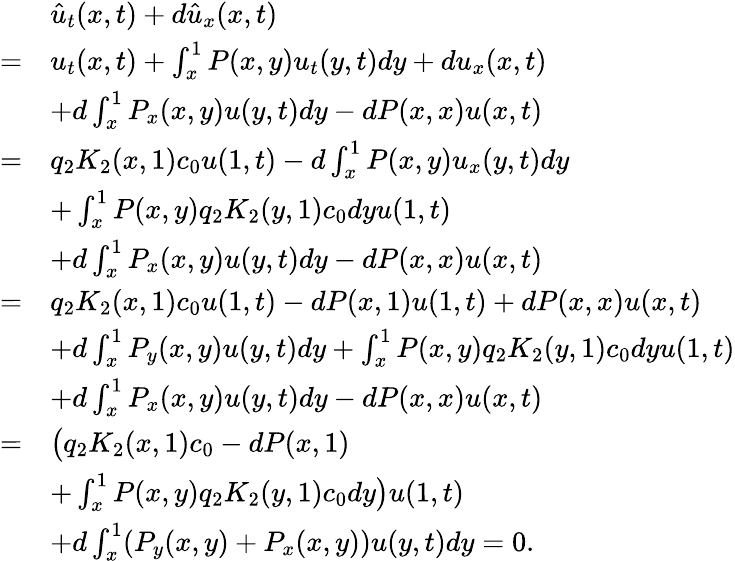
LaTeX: \begin{array}{rl}&{\hat{u}_{t}(x,t)+d\hat{u}_{x}(x,t)}\\ {=}&{u_{t}(x,t)+\int_{x}^{1}P(x,y)u_{t}(y,t)dy+du_{x}(x,t)}\\ &{+d\int_{x}^{1}P_{x}(x,y)u(y,t)dy-dP(x,x)u(x,t)}\\ {=}&{q_{2}K_{2}(x,1)c_{0}u(1,t)-d\int_{x}^{1}P(x,y)u_{x}(y,t)dy}\\ &{+\int_{x}^{1}P(x,y)q_{2}K_{2}(y,1)c_{0}dyu(1,t)}\\ &{+d\int_{x}^{1}P_{x}(x,y)u(y,t)dy-dP(x,x)u(x,t)}\\ {=}&{q_{2}K_{2}(x,1)c_{0}u(1,t)-dP(x,1)u(1,t)+dP(x,x)u(x,t)}\\ &{+d\int_{x}^{1}P_{y}(x,y)u(y,t)dy+\int_{x}^{1}P(x,y)q_{2}K_{2}(y,1)c_{0}dyu(1,t)}\\ &{+d\int_{x}^{1}P_{x}(x,y)u(y,t)dy-dP(x,x)u(x,t)}\\ {=}&{\big(q_{2}K_{2}(x,1)c_{0}-dP(x,1)}\\ &{+\int_{x}^{1}P(x,y)q_{2}K_{2}(y,1)c_{0}dy\big)u(1,t)}\\ &{+d\int_{x}^{1}(P_{y}(x,y)+P_{x}(x,y))u(y,t)dy=0.}\end{array}